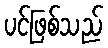
ပင်ဖြစ်သည်